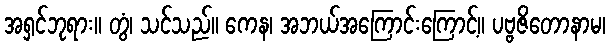
အရှင်ဘုရား။ တွံ၊ သင်သည်။ ကေန၊ အဘယ်အကြောင်းကြောင့်။ ပဗ္ဗဇိတောနာမ၊